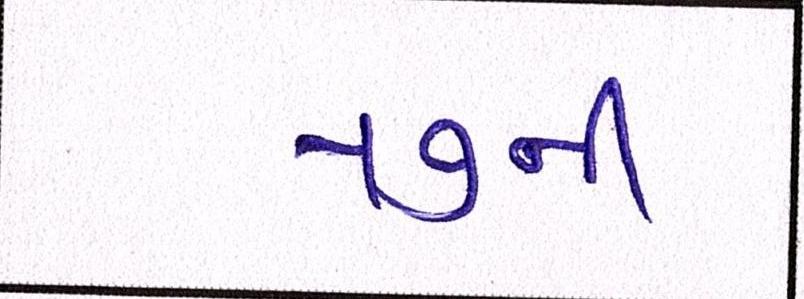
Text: ૫૭ની